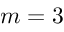
m = 3